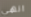
انهي